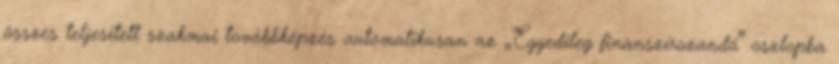
összes teljesített szakmai továbbképzés automatikusan az „Egyedileg finanszírozandó” oszlopba